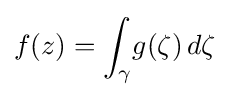
f(z)=\int _{\gamma }\!g(\zeta )\,d\zeta